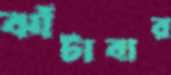
ঝাঁটাবার